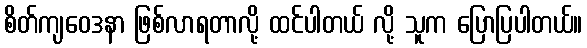
စိတ်ကျဝေဒနာ ဖြစ်လာရတာလို့ ထင်ပါတယ် လို့ သူက ပြောပြပါတယ်။